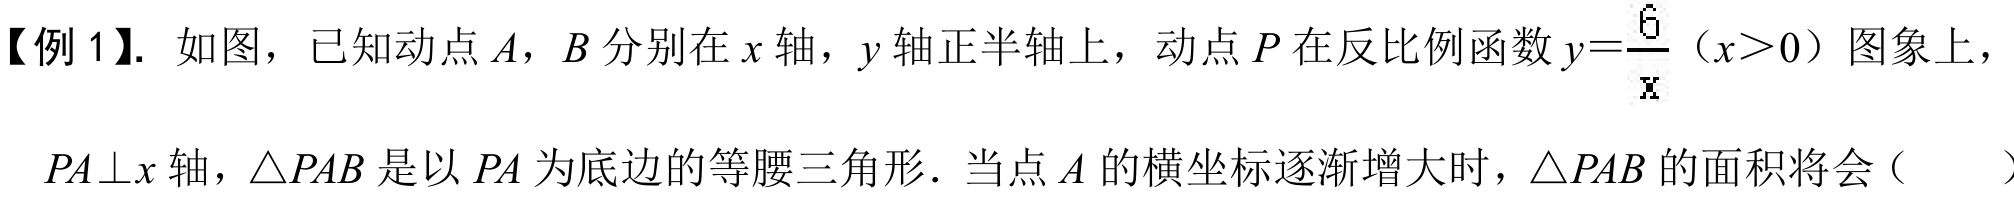
【例1】. 如图，已知动点$A$，$B$分别在$x$轴，$y$轴正半轴上，动点$P$在反比例函数$y = \dfrac{6}{x}$（$x>0$）图象上，$PA\perp x$轴，$\triangle PAB$是以$PA$为底边的等腰三角形．当点$A$的横坐标逐渐增大时，$\triangle PAB$的面积将会（  ）